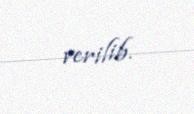
verilib.